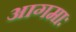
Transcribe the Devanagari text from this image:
आगमाः